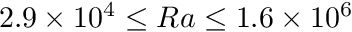
2 . 9 \times 1 0 ^ { 4 } \leq R a \leq 1 . 6 \times 1 0 ^ { 6 }